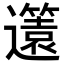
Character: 𨘻